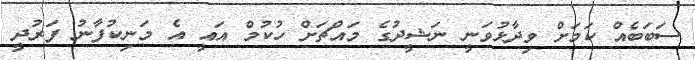
ސަބަބެއް ކަމަށް ވިދާޅުވަނީ ނަޝީދުގެ މައްޗަށް ހުކުމް އައީ އެ މަނިކުފާނު ފަރުދީ